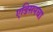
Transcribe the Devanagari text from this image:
एडिसनचा